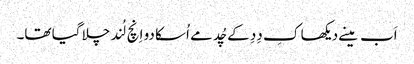
اَب مینے دیکھا کِ دِدِ کے چُد مے اُسکا دو اِنچ لُند چلا گیا تھا۔